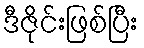
ဒီဇိုင်းဖြစ်ပြီး